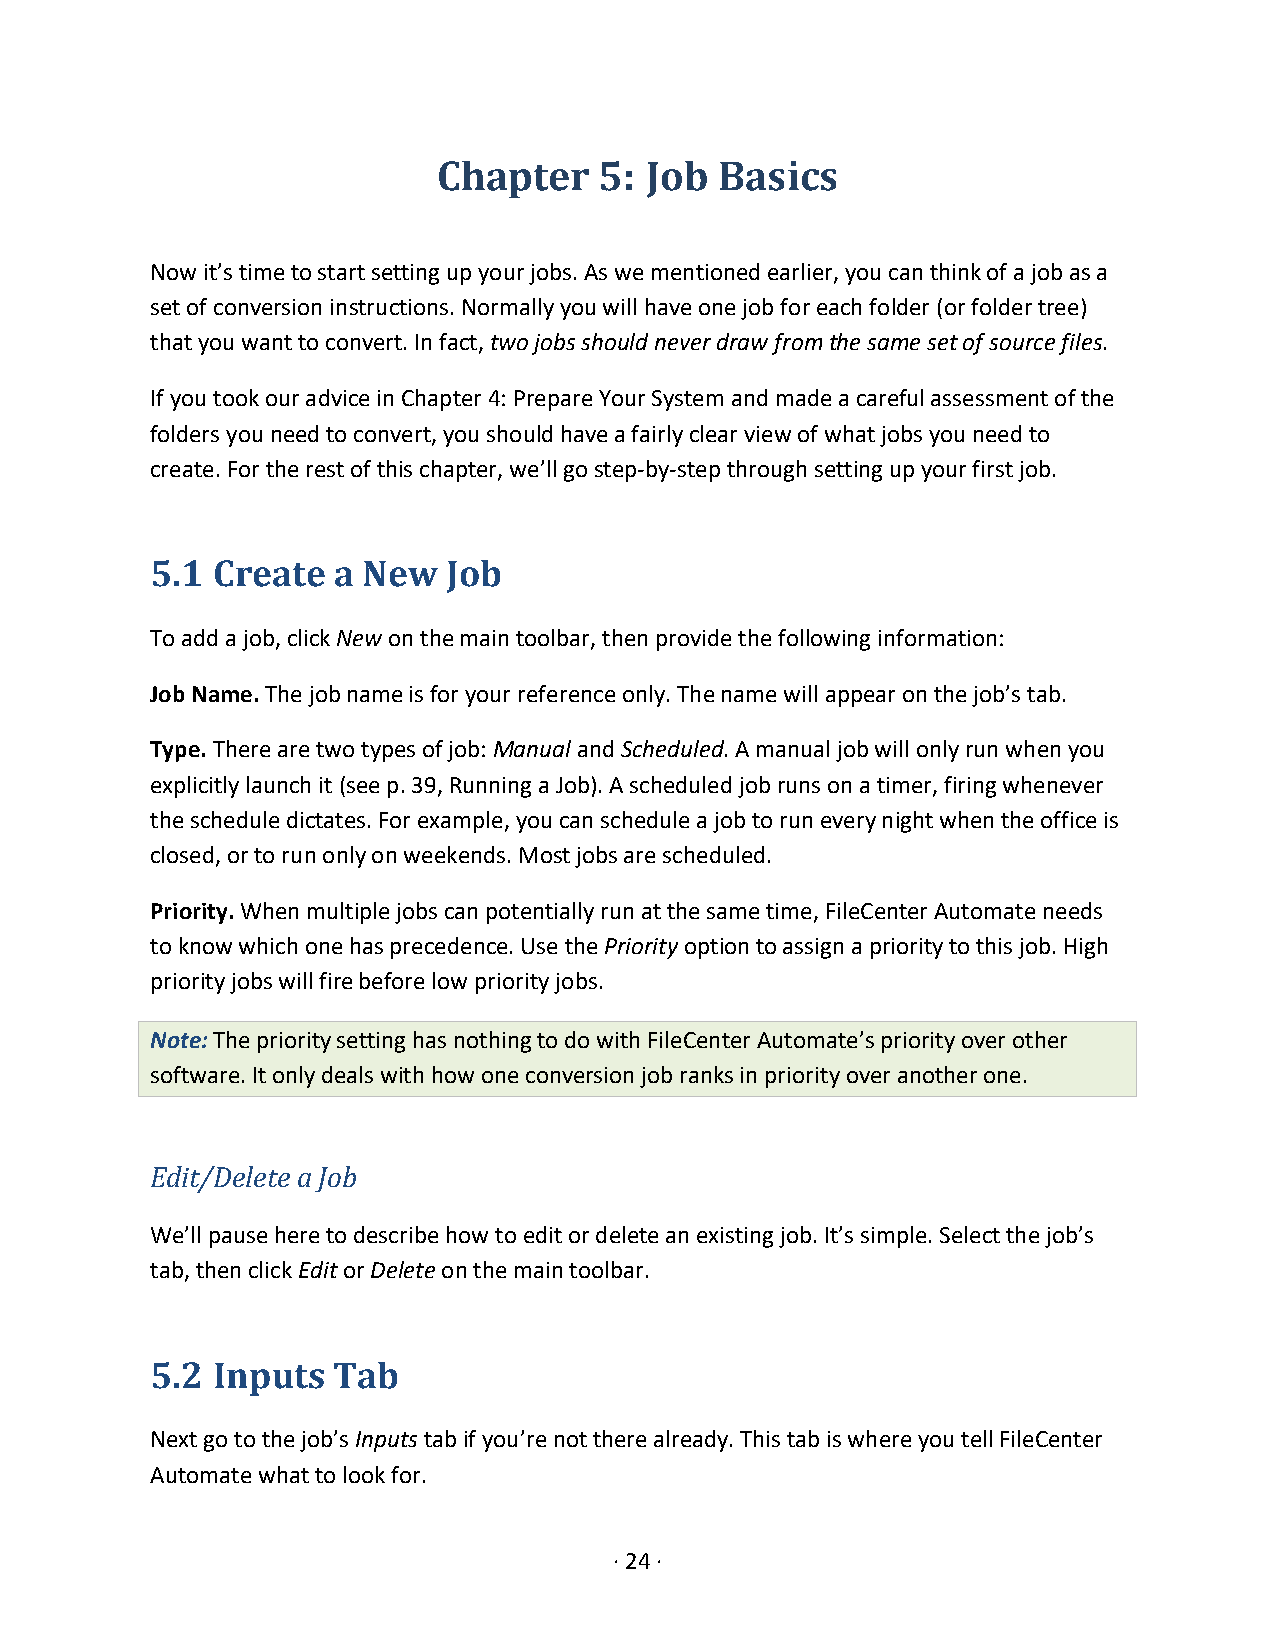
Chapter    5: Job  Basics
 Now it’s time to start setting up your jobs. As we mentioned earlier, you can think of a job as a
 set of conversion instructions. Normally you will have one job for each folder (or folder tree)
 that you want to convert. In fact, two jobs should never draw from the same set of source files.
 If you took our advice in Chapter 4: Prepare Your System and made a careful assessment of the
 folders you need to convert, you should have a fairly clear view of what jobs you need to
 create. For the rest of this chapter, we’ll go step-by-step through setting up your first job.
 5.1 Create  a New   Job
 To add a job, click New on the main toolbar, then provide the following information:
 Job Name. The job name is for your reference only. The name will appear on the job’s tab.
 Type. There are two types of job: Manual and Scheduled. A manual job will only run when you
 explicitly launch it (see p. 39, Running a Job). A scheduled job runs on a timer, firing whenever
 the schedule dictates. For example, you can schedule a job to run every night when the office is
 closed, or to run only on weekends. Most jobs are scheduled.
 Priority. When multiple jobs can potentially run at the same time, FileCenter Automate needs
 to know which one has precedence. Use the Priority option to assign a priority to this job. High
 priority jobs will fire before low priority jobs.
 Note: The priority setting has nothing to do with FileCenter Automate’s priority over other
 software. It only deals with how one conversion job ranks in priority over another one.
 Edit/Delete a Job
 We’ll pause here to describe how to edit or delete an existing job. It’s simple. Select the job’s
 tab, then click Edit or Delete on the main toolbar.
 5.2 Inputs  Tab
 Next go to the job’s Inputs tab if you’re not there already. This tab is where you tell FileCenter
 Automate what to look for.
 · 24 ·